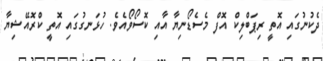
ދެކުނުގައި އޮތީ ރިޕަބްލިކް އޮފް މެސެޑޯނިޔާ އާއި ކޮސޯވޯއެވެ. ހުޅަނގުގައި އޮތީ ކްރޮއޭޝިޔާ